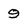
Character: 9